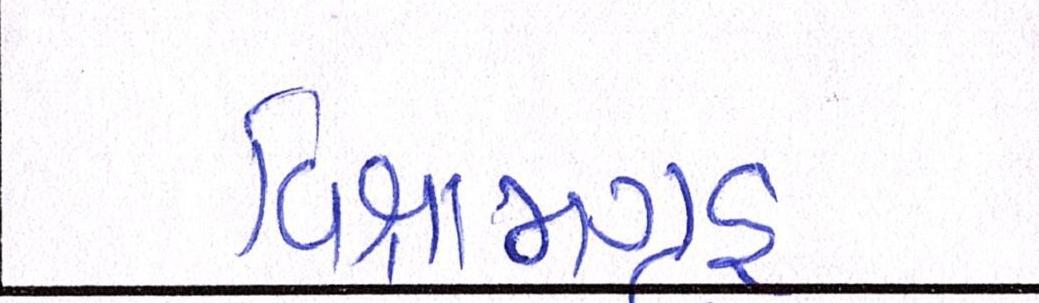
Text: વિશ્રામગૃહ